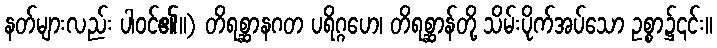
နတ်များလည်း ပါဝင်၏။) တိရစ္ဆာနဂတ ပရိဂ္ဂဟေ၊ တိရစ္ဆာန်တို့ သိမ်းပိုက်အပ်သော ဥစ္စာ၌၎င်း။